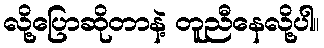
လို့ပြောဆိုတာနဲ့ တူညီနေလို့ပါ။